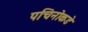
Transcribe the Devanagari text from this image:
पचिनोकडे